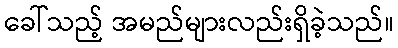
ခေါ်သည့် အမည်များလည်းရှိခဲ့သည်။